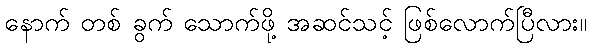
နောက် တစ် ခွက် သောက်ဖို့ အဆင်သင့် ဖြစ်လောက်ပြီလား။